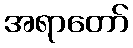
အရာတော်